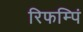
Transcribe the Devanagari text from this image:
रिफम्पिं